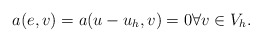
\begin{align*}a(e,v) = a(u - u_h,v) = 0 \forall v \in V_h.\end{align*}